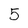
Character: 5